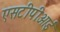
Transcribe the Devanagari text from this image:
एसटीपीआई